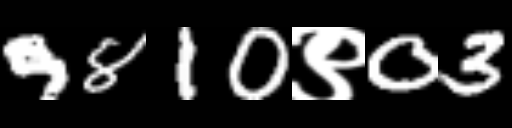
Text: 9810९03